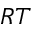
R T